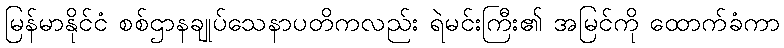
မြန်မာနိုင်ငံ စစ်ဌာနချုပ်သေနာပတိကလည်း ရဲမင်းကြီး၏ အမြင်ကို ထောက်ခံကာ